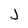
Character: J